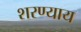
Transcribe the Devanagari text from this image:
शरण्याय